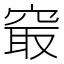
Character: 𥦡